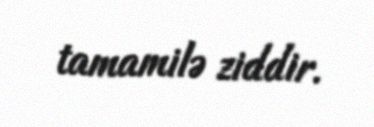
tamamilə ziddir.